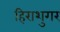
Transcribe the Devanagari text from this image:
हिराशुगर